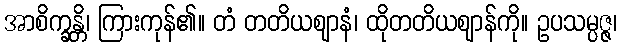
အာစိက္ခန္တိ၊ ကြားကုန်၏။ တံ တတိယဈာနံ၊ ထိုတတိယဈာန်ကို။ ဥပသမ္ပဇ္ဇ၊